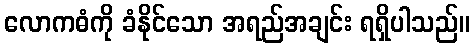
လောကဓံကို ခံနိုင်သော အရည်အချင်း ရရှိပါသည်။